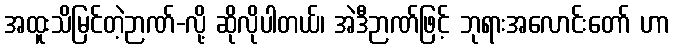
အထူးသိမြင်တဲ့ဉာဏ်-လို့ ဆိုလိုပါတယ်၊ အဲဒီဉာဏ်ဖြင့် ဘုရားအလောင်းတော် ဟာ